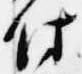
付